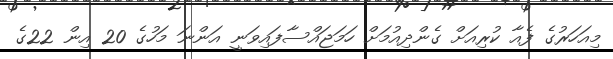
މިއަހަރުގެ ފެއާ ކުރިއަށް ގެންދިއުމަށް ހަމަޖައްސާފައިވަނީ އަންނަ މަހުގެ 20 އިން 22ގެ